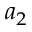
a _ { 2 }